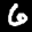
Label: 6